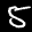
Label: 5